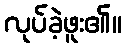
လုပ်ခဲ့ဖူး၏။